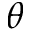
\theta